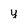
Character: y